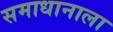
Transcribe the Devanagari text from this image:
समाधानाला